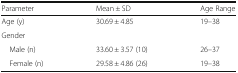
| Parameter | Mean ± SD | Age Range |
 | --- | --- | --- |
 | Age (y) | 30.69 ± 4.85 | 19–38 |
 | <COLSPAN=3> Gender |
 | Male (n) | 33.60 ± 3.57 (10) | 26–37 |
 | Female (n) | 29.58 ± 4.86 (26) | 19–38 |